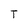
Character: T